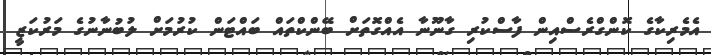
އެމެރިކާގެ ކޮންގްރެސްއިން ފާސްކުރި ގާނޫނާ އެއްގޮތަށް ބޭންކްތައް ބައްޓަން ކުރުމަށް ލުބުނާނުގެ މަރުކަޒީ